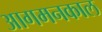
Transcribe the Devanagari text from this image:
आगमनकाल